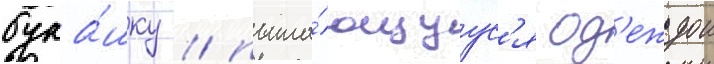
бука́шку / пыта́ющуус'я од'еждои